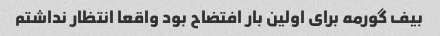
بیف گورمه برای اولین بار افتضاح بود واقعا انتظار نداشتم